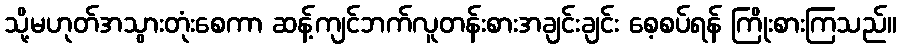
သို့မဟုတ်အသွားတုံးစေကာ ဆန့်ကျင်ဘက်လူတန်းစားအချင်းချင်း စေ့စပ်ရန် ကြိုးစားကြသည်။